Report on the working of the Ranchi Indian Mental Hospital, Kanke, in Bihar and Orissa - 1930-1940
Year: 1930
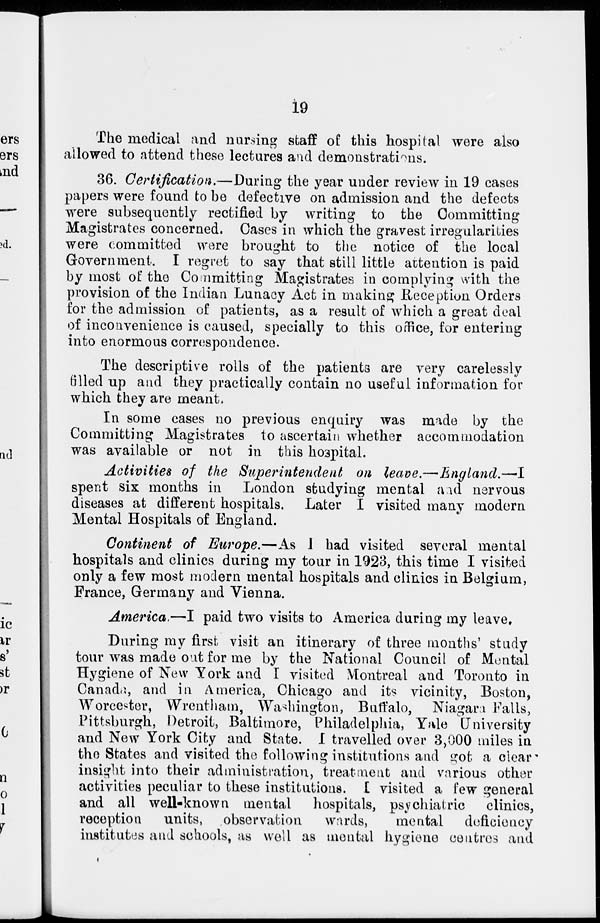
19
The medical and nursing staff of this hospital were also
allowed to attend these lectures and demonstrations.
36. Certification.—During the year under review in 19 cases
papers were found to be defective on admission and the defects
were subsequently rectified by writing to the Committing
Magistrates concerned. Cases in which the gravest irregularities
were committed were brought to the notice of the local
Government. I regret to say that still little attention is paid
by most of the Committing Magistrates in complying with the
provision of the Indian Lunacy Act in making Reception Orders
for the admission of patients, as a result of which a great deal
of inconvenience is caused, specially to this office, for entering
into enormous correspondence.
The descriptive rolls of the patients are very carelessly
filled up and they practically contain no useful information for
which they are meant.
In some cases no previous enquiry was made by the
Committing Magistrates to ascertain whether accommodation
was available or not in this hospital.
Activities of the Superintendent
on
leave.—England.—I
spent six months in London studying mental and nervous
diseases at different hospitals. Later I visited many modern
Mental Hospitals of England.
Continent of Europe.—As I had visited several mental
hospitals and clinics during my tour in 1923, this time I visited
only a few most modern mental hospitals and clinics in Belgium,
France, Germany and Vienna.
America.—I paid two visits to America during my leave.
During my first visit an itinerary of three months' study
tour was made out for me by the National Council of Mental
Hygiene of New York and I visited Montreal and Toronto in
Canada, and in America, Chicago and its vicinity, Boston,
Worcester, Wrentham, Washington, Buffalo, Niagara Falls,
Pittsburgh, Detroit, Baltimore, Philadelphia, Yale University
and New York City and State. I travelled over 3,000 miles in
the States and visited the following institutions and got a clear
insight into their administration, treatment and various other
activities peculiar to these institutions. I visited a few general
and all well-known mental
hospitals, psychiatric clinics,
reception
units, observation
wards,
mental
deficiency
institutes and schools, as well as mental hygiene centres and